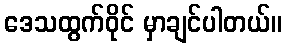
ဒေသထွက်ဝိုင် မှာချင်ပါတယ်။